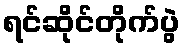
ရင်ဆိုင်တိုက်ပွဲ